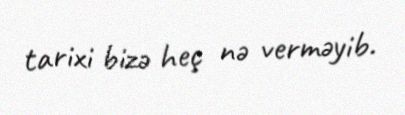
tarixi bizə heç nə verməyib.